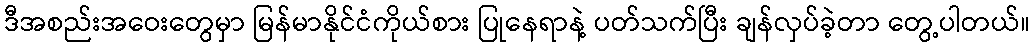
ဒီအစည်းအဝေးတွေမှာ မြန်မာနိုင်ငံကိုယ်စား ပြုနေရာနဲ့ ပတ်သက်ပြီး ချန်လှပ်ခဲ့တာ တွေ့ပါတယ်။